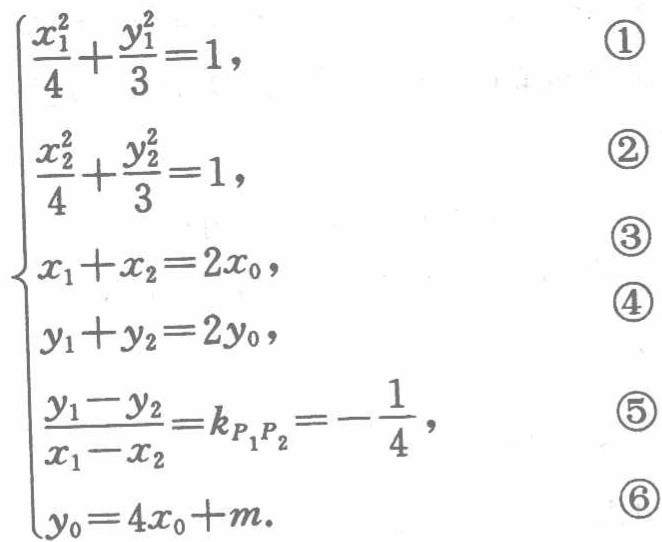
\[\begin{cases}

\frac{x_1^2}{4}+\frac{y_1^2}{3}=1, & \textcircled{1}\\

\frac{x_2^2}{4}+\frac{y_2^2}{3}=1, & \textcircled{2}\\

x_1 + x_2 = 2x_0, & \textcircled{3}\\

y_1 + y_2 = 2y_0, & \textcircled{4}\\

\frac{y_1 - y_2}{x_1 - x_2}=k_{P_1P_2}=-\frac{1}{4}, & \textcircled{5}\\

y_0 = 4x_0 + m. & \textcircled{6}

\end{cases}\]